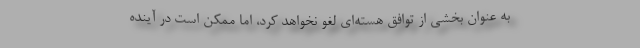
به عنوان بخشی از توافق هسته‌ای لغو نخواهد کرد، اما ممکن است در آینده